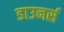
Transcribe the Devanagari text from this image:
डाउनर्स